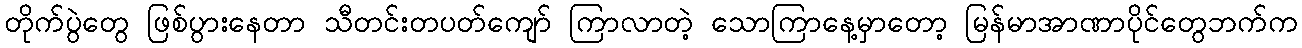
တိုက်ပွဲတွေ ဖြစ်ပွားနေတာ သီတင်းတပတ်ကျော် ကြာလာတဲ့ သောကြာနေ့မှာတော့ မြန်မာအာဏာပိုင်တွေဘက်က